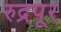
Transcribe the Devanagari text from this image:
रुद्रपूर